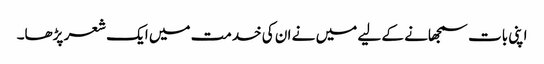
اپنی بات سمجھانے کے لیے میں نے ان کی خدمت میں ایک شعر پڑھا۔